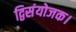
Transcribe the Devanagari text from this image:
द्विसंयोजक।